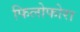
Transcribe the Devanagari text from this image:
फिलोफोरा